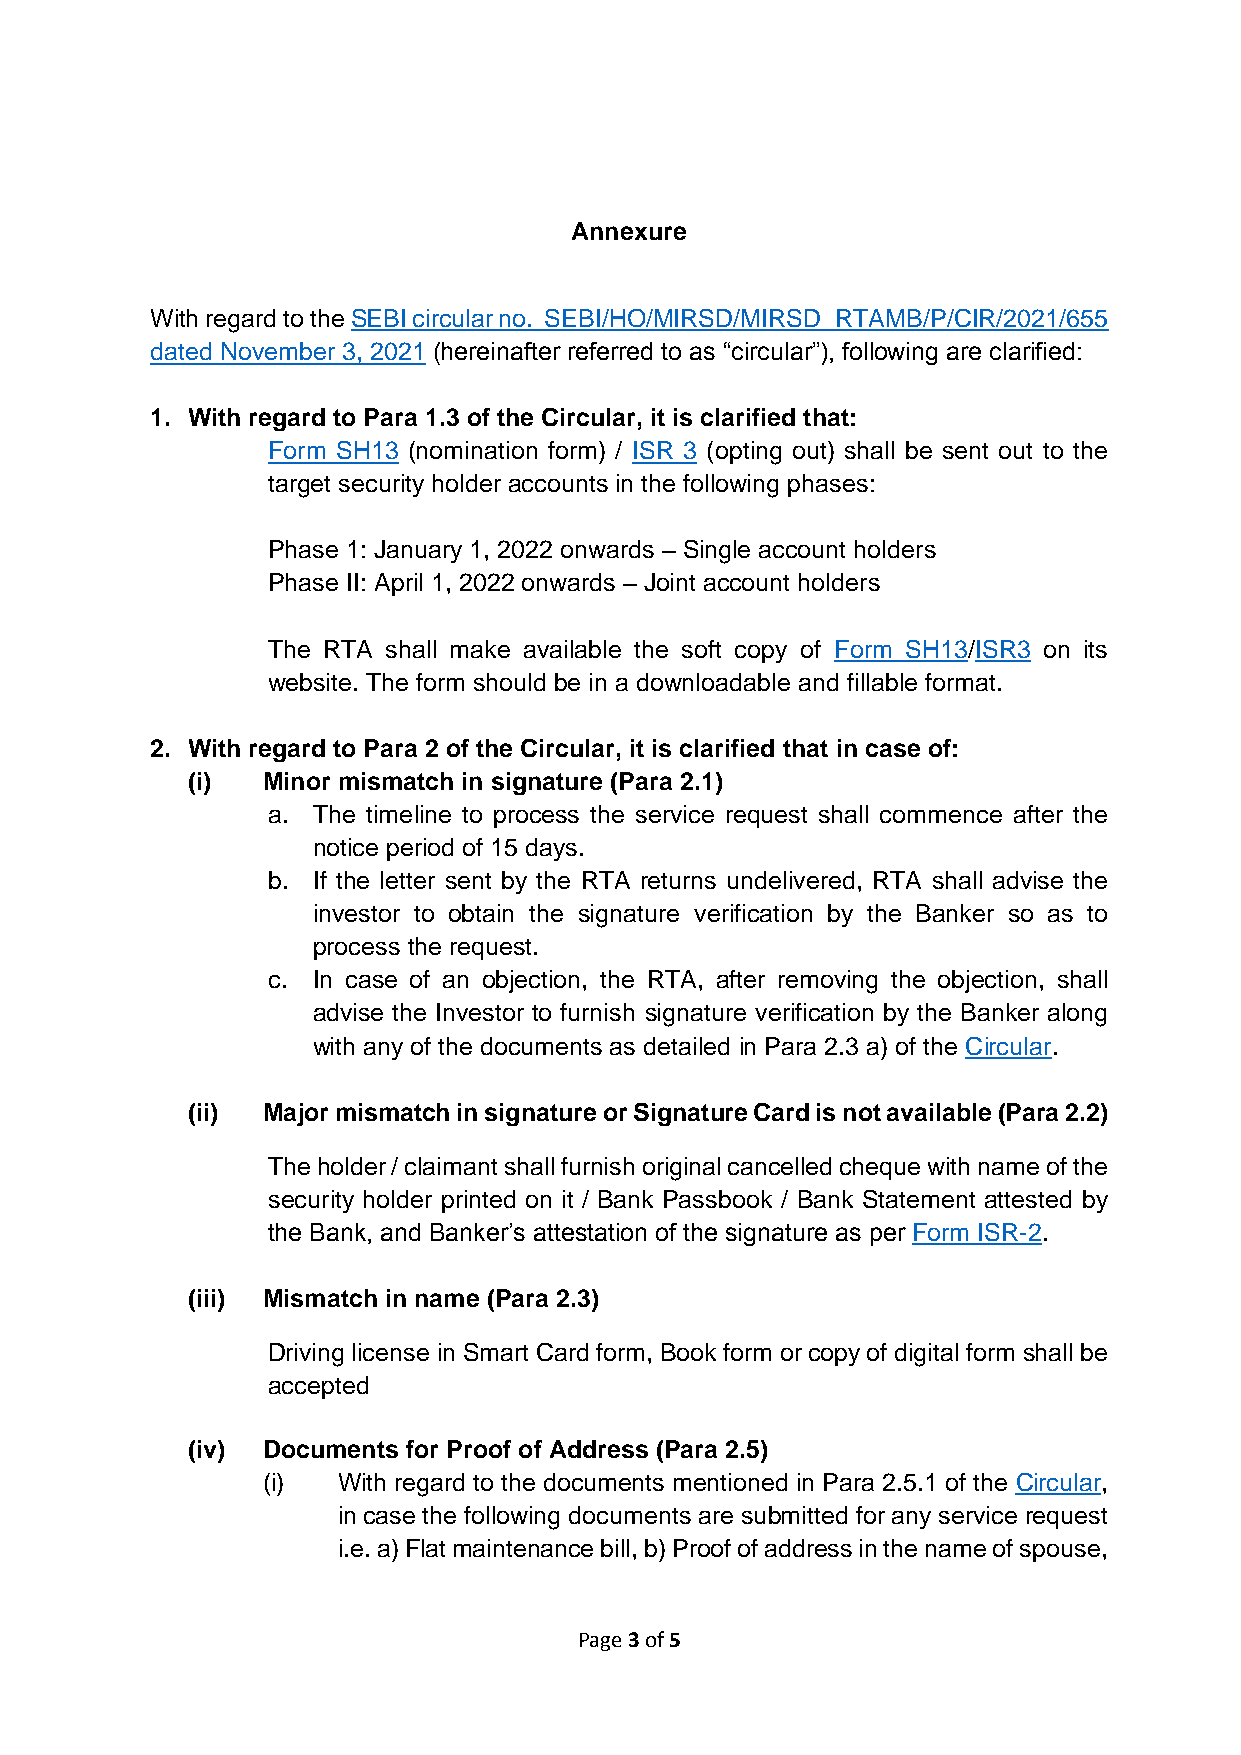
Annexure
 With regard to the SEBI circular no. SEBI/HO/MIRSD/MIRSD_RTAMB/P/CIR/2021/655
 dated November 3, 2021 (hereinafter referred to as “circular”), following are clarified:
 1. With regard to Para 1.3 of the Circular, it is clarified that:
 Form SH13 (nomination form) / ISR 3 (opting out) shall be sent out to the
 target security holder accounts in the following phases:
 Phase 1: January 1, 2022 onwards – Single account holders
 Phase II: April 1, 2022 onwards – Joint account holders
 The RTA shall make available the soft copy of Form SH13/ISR3 on its
 website. The form should be in a downloadable and fillable format.
 2. With regard to Para 2 of the Circular, it is clarified that in case of:
 (i)  Minor mismatch in signature (Para 2.1)
 a. The timeline to process the service request shall commence after the
 notice period of 15 days.
 b. If the letter sent by the RTA returns undelivered, RTA shall advise the
 investor to obtain the signature verification by the Banker so as to
 process the request.
 c. In case of an objection, the RTA, after removing the objection, shall
 advise the Investor to furnish signature verification by the Banker along
 with any of the documents as detailed in Para 2.3 a) of the Circular.
 (ii) Major mismatch in signature or Signature Card is not available (Para 2.2)
 The holder / claimant shall furnish original cancelled cheque with name of the
 security holder printed on it / Bank Passbook / Bank Statement attested by
 the Bank, and Banker’s attestation of the signature as per Form ISR-2.
 (iii) Mismatch in name (Para 2.3)
 Driving license in Smart Card form, Book form or copy of digital form shall be
 accepted
 (iv) Documents for Proof of Address (Para 2.5)
 (i)  With regard to the documents mentioned in Para 2.5.1 of the Circular,
 in case the following documents are submitted for any service request
 i.e. a) Flat maintenance bill, b) Proof of address in the name of spouse,
 Page 3 of 5